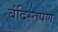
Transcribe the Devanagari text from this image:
बंदिस्तपण